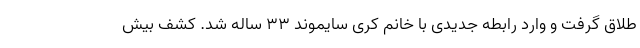
طلاق گرفت و وارد رابطه جدیدی با خانم کری سایموند ۳۳ ساله شد. کشف بیش